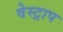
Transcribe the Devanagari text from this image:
वेस्ट्राप